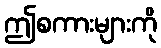
ဤစကားများကို